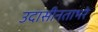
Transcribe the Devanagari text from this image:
उदासीनताभरे